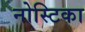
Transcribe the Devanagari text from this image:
नोस्टिका